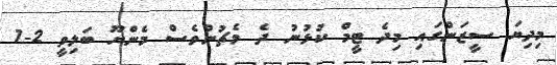
މިދިޔަ ސީޒަންގައި މިދެ ޓީމް ކުޅުނު ދެ މެޗުންވެސް މެންޔޫ ބަލިވީ 2-1